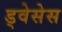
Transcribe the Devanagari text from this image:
ड्वेसेस